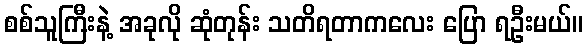
စစ်သူကြီးနဲ့ အခုလို ဆုံတုန်း သတိရတာကလေး ပြော ရဦးမယ်။